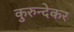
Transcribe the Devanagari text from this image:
कुरुन्देकर